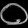
Digit: ၀